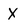
Character: X